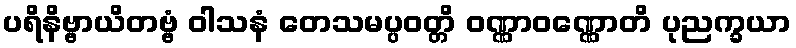
ပရိနိဗ္ဗာယိတဗ္ဗံ ဝါသနံ တေသမပ္ပဝတ္တိ ဝဏ္ဏာဝဏ္ဏောတိ ပုညက္ခယာ